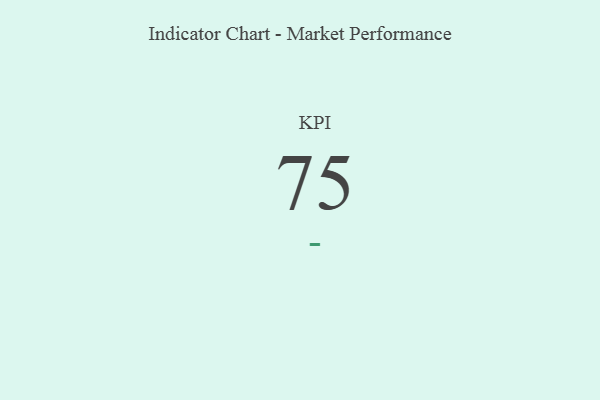
{"axis": {"x": "KPI", "y": "Value"}, "legend": [""], "data": [{"x": "KPI", "y": 75, "type": ""}]}